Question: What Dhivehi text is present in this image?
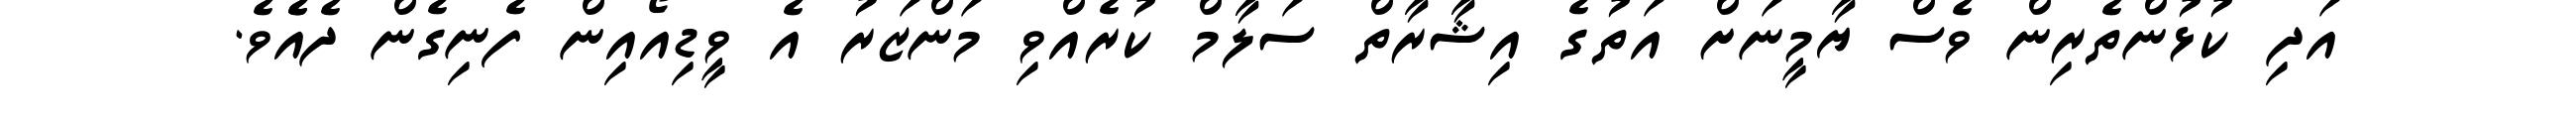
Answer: އަދި ކުޅުންތެރިން ވެސް ޔާމީނަށް އަތުގެ އިޝާރާތް ސަލާމް ކުރެއްވި މަންޒަރު އެ ވީޑިއޯއިން ފެނިގެން ދެއެެވެ.